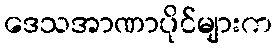
ဒေသအာဏာပိုင်များက